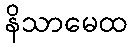
နိသာမေထ